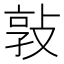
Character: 𭣸